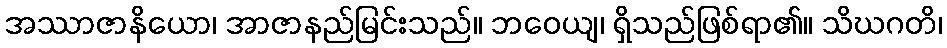
အဿာဇာနိယော၊ အာဇာနည်မြင်းသည်။ ဘဝေယျ၊ ရှိသည်ဖြစ်ရာ၏။ သိဃဂတိ၊